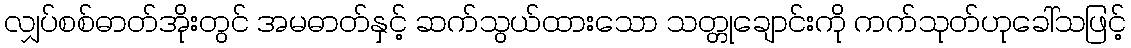
လျှပ်စစ်ဓာတ်အိုးတွင် အမဓာတ်နှင့် ဆက်သွယ်ထားသော သတ္တုချောင်းကို ကက်သုတ်ဟုခေါ်သဖြင့်